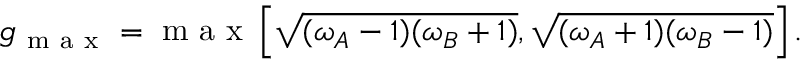
g _ { \mathrm { ~ m ~ a ~ x ~ } } = \mathrm { ~ m ~ a ~ x ~ } \left[ \sqrt { ( \omega _ { A } - 1 ) ( \omega _ { B } + 1 ) } , \sqrt { ( \omega _ { A } + 1 ) ( \omega _ { B } - 1 ) } \right] .